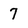
Character: 7